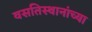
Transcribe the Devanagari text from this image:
वसतिस्थानांच्या